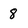
Character: 8